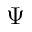
\Psi